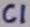
Text: C1